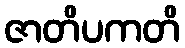
ဇာတိပကတိ